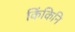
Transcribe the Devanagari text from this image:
किंकिनि